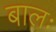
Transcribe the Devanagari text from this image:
बालः